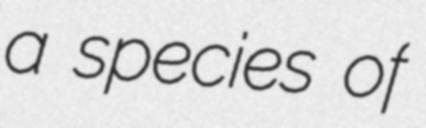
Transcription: a species of